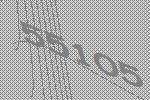
55105